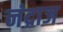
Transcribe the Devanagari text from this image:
नंद्राज